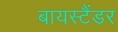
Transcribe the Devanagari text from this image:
बायस्टैंडर